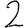
Digit: 2